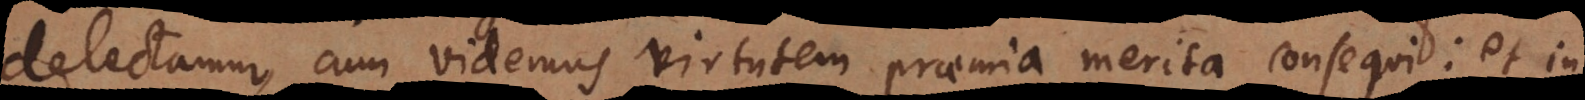
delectamur, cum videmus virtutem praemia merita consequi: et in